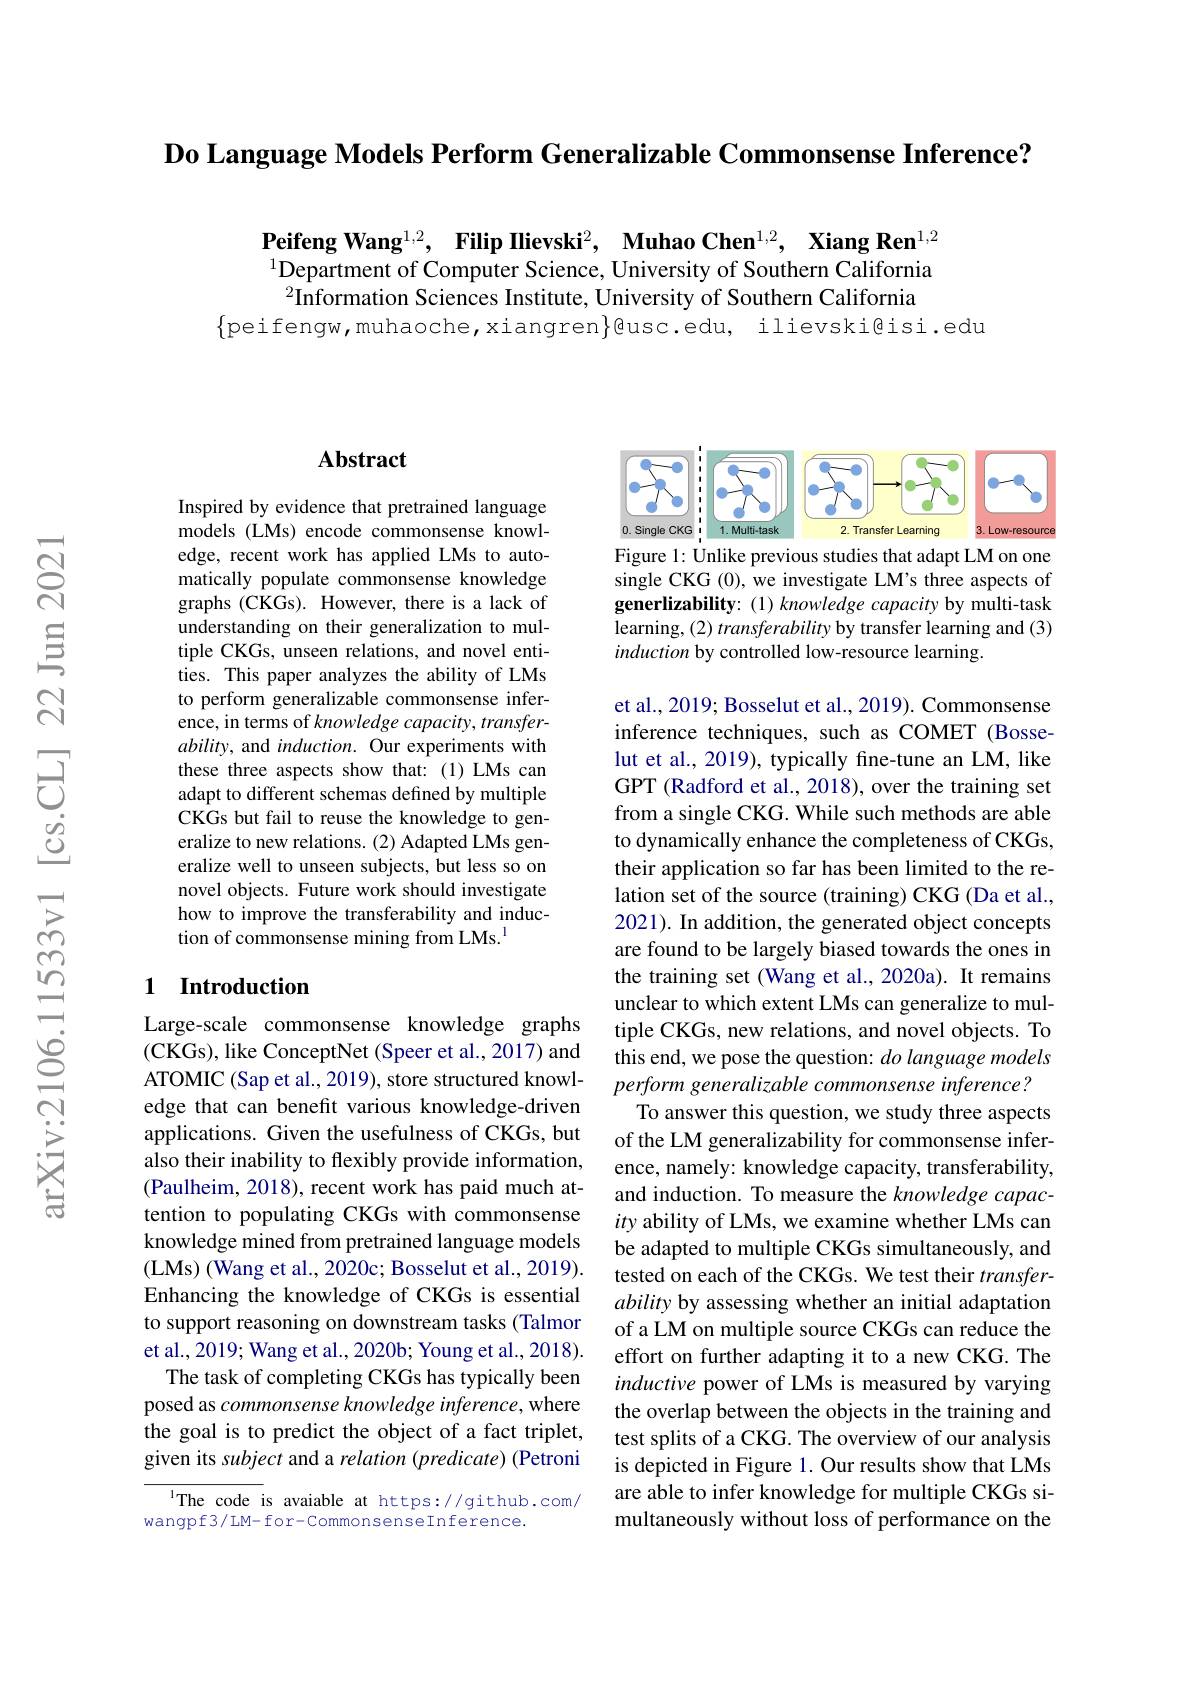
Do Language Models Perform Generalizable Commonsense Inference?

Peifeng Wang$^1, 2$, Filip Ilievski$^2$, $\textbf{Muhao Chen}^{1, 2}$, $\textbf{Xiang Ren}^{1, 2}$ $^{1}$Department of Computer Science, University of Southern California $^{2}\dot{\text{Information Sciences Institute, University of Southern California}}$
$\{$peifengw,muhaoche,xiangren$\}$@usc.edu, ilievski@isi.edu

## $\mathbf{Abstract}$

Inspired by evidence that pretrained language models (LMs) encode commonsense knowledge, recent work has applied LMs to automatically populate commonsense knowledge graphs (CKGs). However, there is a lack of understanding on their generalization to multiple CKGs, unseen relations, and novel entities. This paper analyzes the ability of LMs to perform generalizable commonsense inference, in terms of knowledge capacity, transfer- $ability$, and induction. Our experiments with these three aspects show that: (1) LMs can adapt to different schemas defined by multiple CKGs but fail to reuse the knowledge to generalize to new relations. (2) Adapted LMs generalize well to unseen subjects, but less so on novel objects. Future work should investigate how to improve the transferability and induction of commonsense mining from LMs.$^{\mathrm{l}}$

## 1 Introduction

Large-scale commonsense knowledge graphs (CKGs), like ConceptNet (Speer et al., 2017) and ATOMIC (Sap et al., 2019), store structured knowledge that can benefit various knowledge-driven applications. Given the usefulness of CKGs, but also their inability to flexibly provide information, (Paulheim, 2018), recent work has paid much attention to populating CKGs with commonsense knowledge mined from pretrained language models (LMs) (Wang et al., 2020c; Bosselut et al., 2019). Enhancing the knowledge of CKGs is essential to support reasoning on downstream tasks (Talmor et al., 2019; Wang et al., 2020b; Young et al., 2018).
The task of completing CKGs has typically been posed as commonsense knowledge inference, where the goal is to predict the object of a fact triplet, given its subject and a relation (predicate) (Petroni

The code is avaiable at https://github.com/
wangpf3/LM- for- CommonsenseInference.

<FigureHere>
Figure 1: Unlike previous studies that adapt LM on one

single CKG (0), we investigate LM's three aspects of generlizability: (1) knowledge capacity by multi-task learning, (2) transferability by transfer learning and (3) induction by controlled low-resource learning.

et al., 2019; Bosselut et al., 2019). Commonsense inference techniques, such as COMET (Bosselut et al., 2019), typically fine-tune an LM, like GPT (Radford et al., 2018), over the training set from a single CKG. While such methods are able to dynamically enhance the completeness of CKGs, their application so far has been limited to the relation set of the source (training) CKG (Da et al., 2021). In addition, the generated object concepts are found to be largely biased towards the ones in the training set (Wang et al., 2020a). It remains unclear to which extent LMs can generalize to multiple CKGs, new relations, and novel objects. To this end, we pose the question: do language models perform generalizable commonsense inference?
To answer this question, we study three aspects of the LM generalizability for commonsense inference, namely: knowledge capacity, transferability, and induction. To measure the knowledge capacity ability of LMs, we examine whether LMs can be adapted to multiple CKGs simultaneously, and tested on each of the CKGs. We test their $transfer-$ ability by assessing whether an initial adaptation of a LM on multiple source CKGs can reduce the effort on further adapting it to a new CKG. The inductive power of LMs is measured by varying the overlap between the objects in the training and test splits of a CKG. The overview of our analysis is depicted in Figure 1. Our results show that LMs are able to infer knowledge for multiple CKGs simultaneously without loss of performance on the